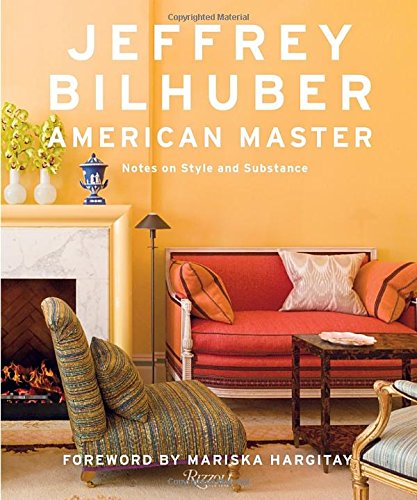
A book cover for Jeffrey Bilhuber: American Master; Sara Ruffin Costello; Crafts, Hobbies & Home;